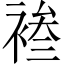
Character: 𫌄